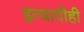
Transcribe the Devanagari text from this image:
इत्यादीही